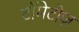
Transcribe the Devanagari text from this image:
टॉमेटोज़